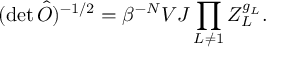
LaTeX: ( \operatorname * { d e t } \hat { O } ) ^ { - 1 / 2 } = \beta ^ { - N } V J \prod _ { L \neq 1 } Z _ { L } ^ { g _ { L } } .